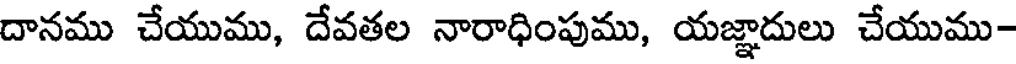
దానము చేయుము, దేవతల నారాధింపుము, యజ్ఞాదులు చేయుము-